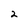
Character: 2